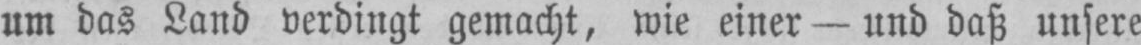
um das Land verdingt gemacht, wie einer - und daß unsere